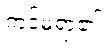
ကင်မရာ၏